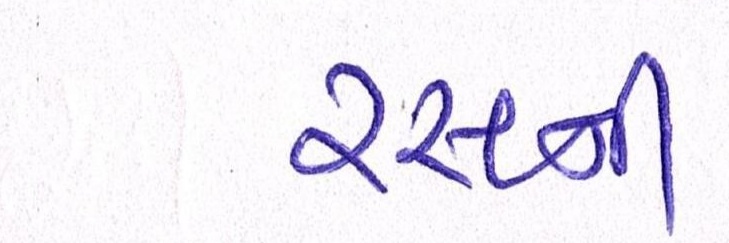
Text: રસની